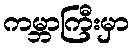
ကမ္ဘာကြီးမှာ